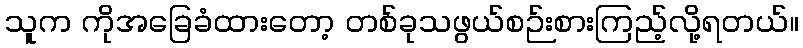
သူက ကိုအခြေခံထားတော့ တစ်ခုသဖွယ်စဉ်းစားကြည့်လို့ရတယ်။